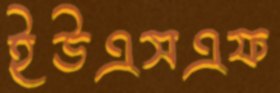
ইউএসএফ